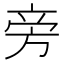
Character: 旁